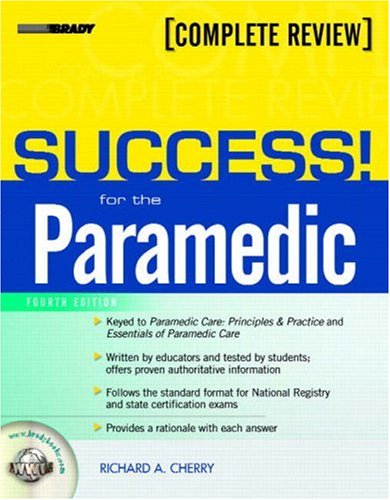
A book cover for SUCCESS! for the Paramedic (4th Edition); Richard A. Cherry MS  EMT-P; Medical Books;